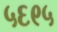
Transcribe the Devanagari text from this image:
५६९५